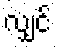
လျှင်